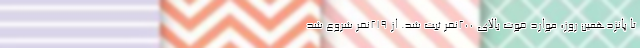
تا پانزدهمین روز، موارد فوت بالای ۲۰۰نفر ثبت شد. از ۲۱۹نفر شروع شد